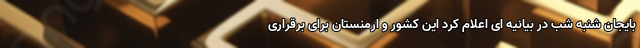
بایجان شنبه شب در بیانیه ای اعلام کرد این کشور و ارمنستان برای برقراری